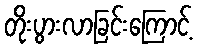
တိုးပွားလာခြင်းကြောင့်